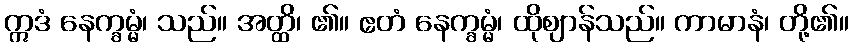
ဣဒံ နေက္ခမ္မံ၊ သည်။ အတ္ထိ၊ ၏။ ဧတံ နေက္ခမ္မံ၊ ထိုဈာန်သည်။ ကာမာနံ၊ တို့၏။